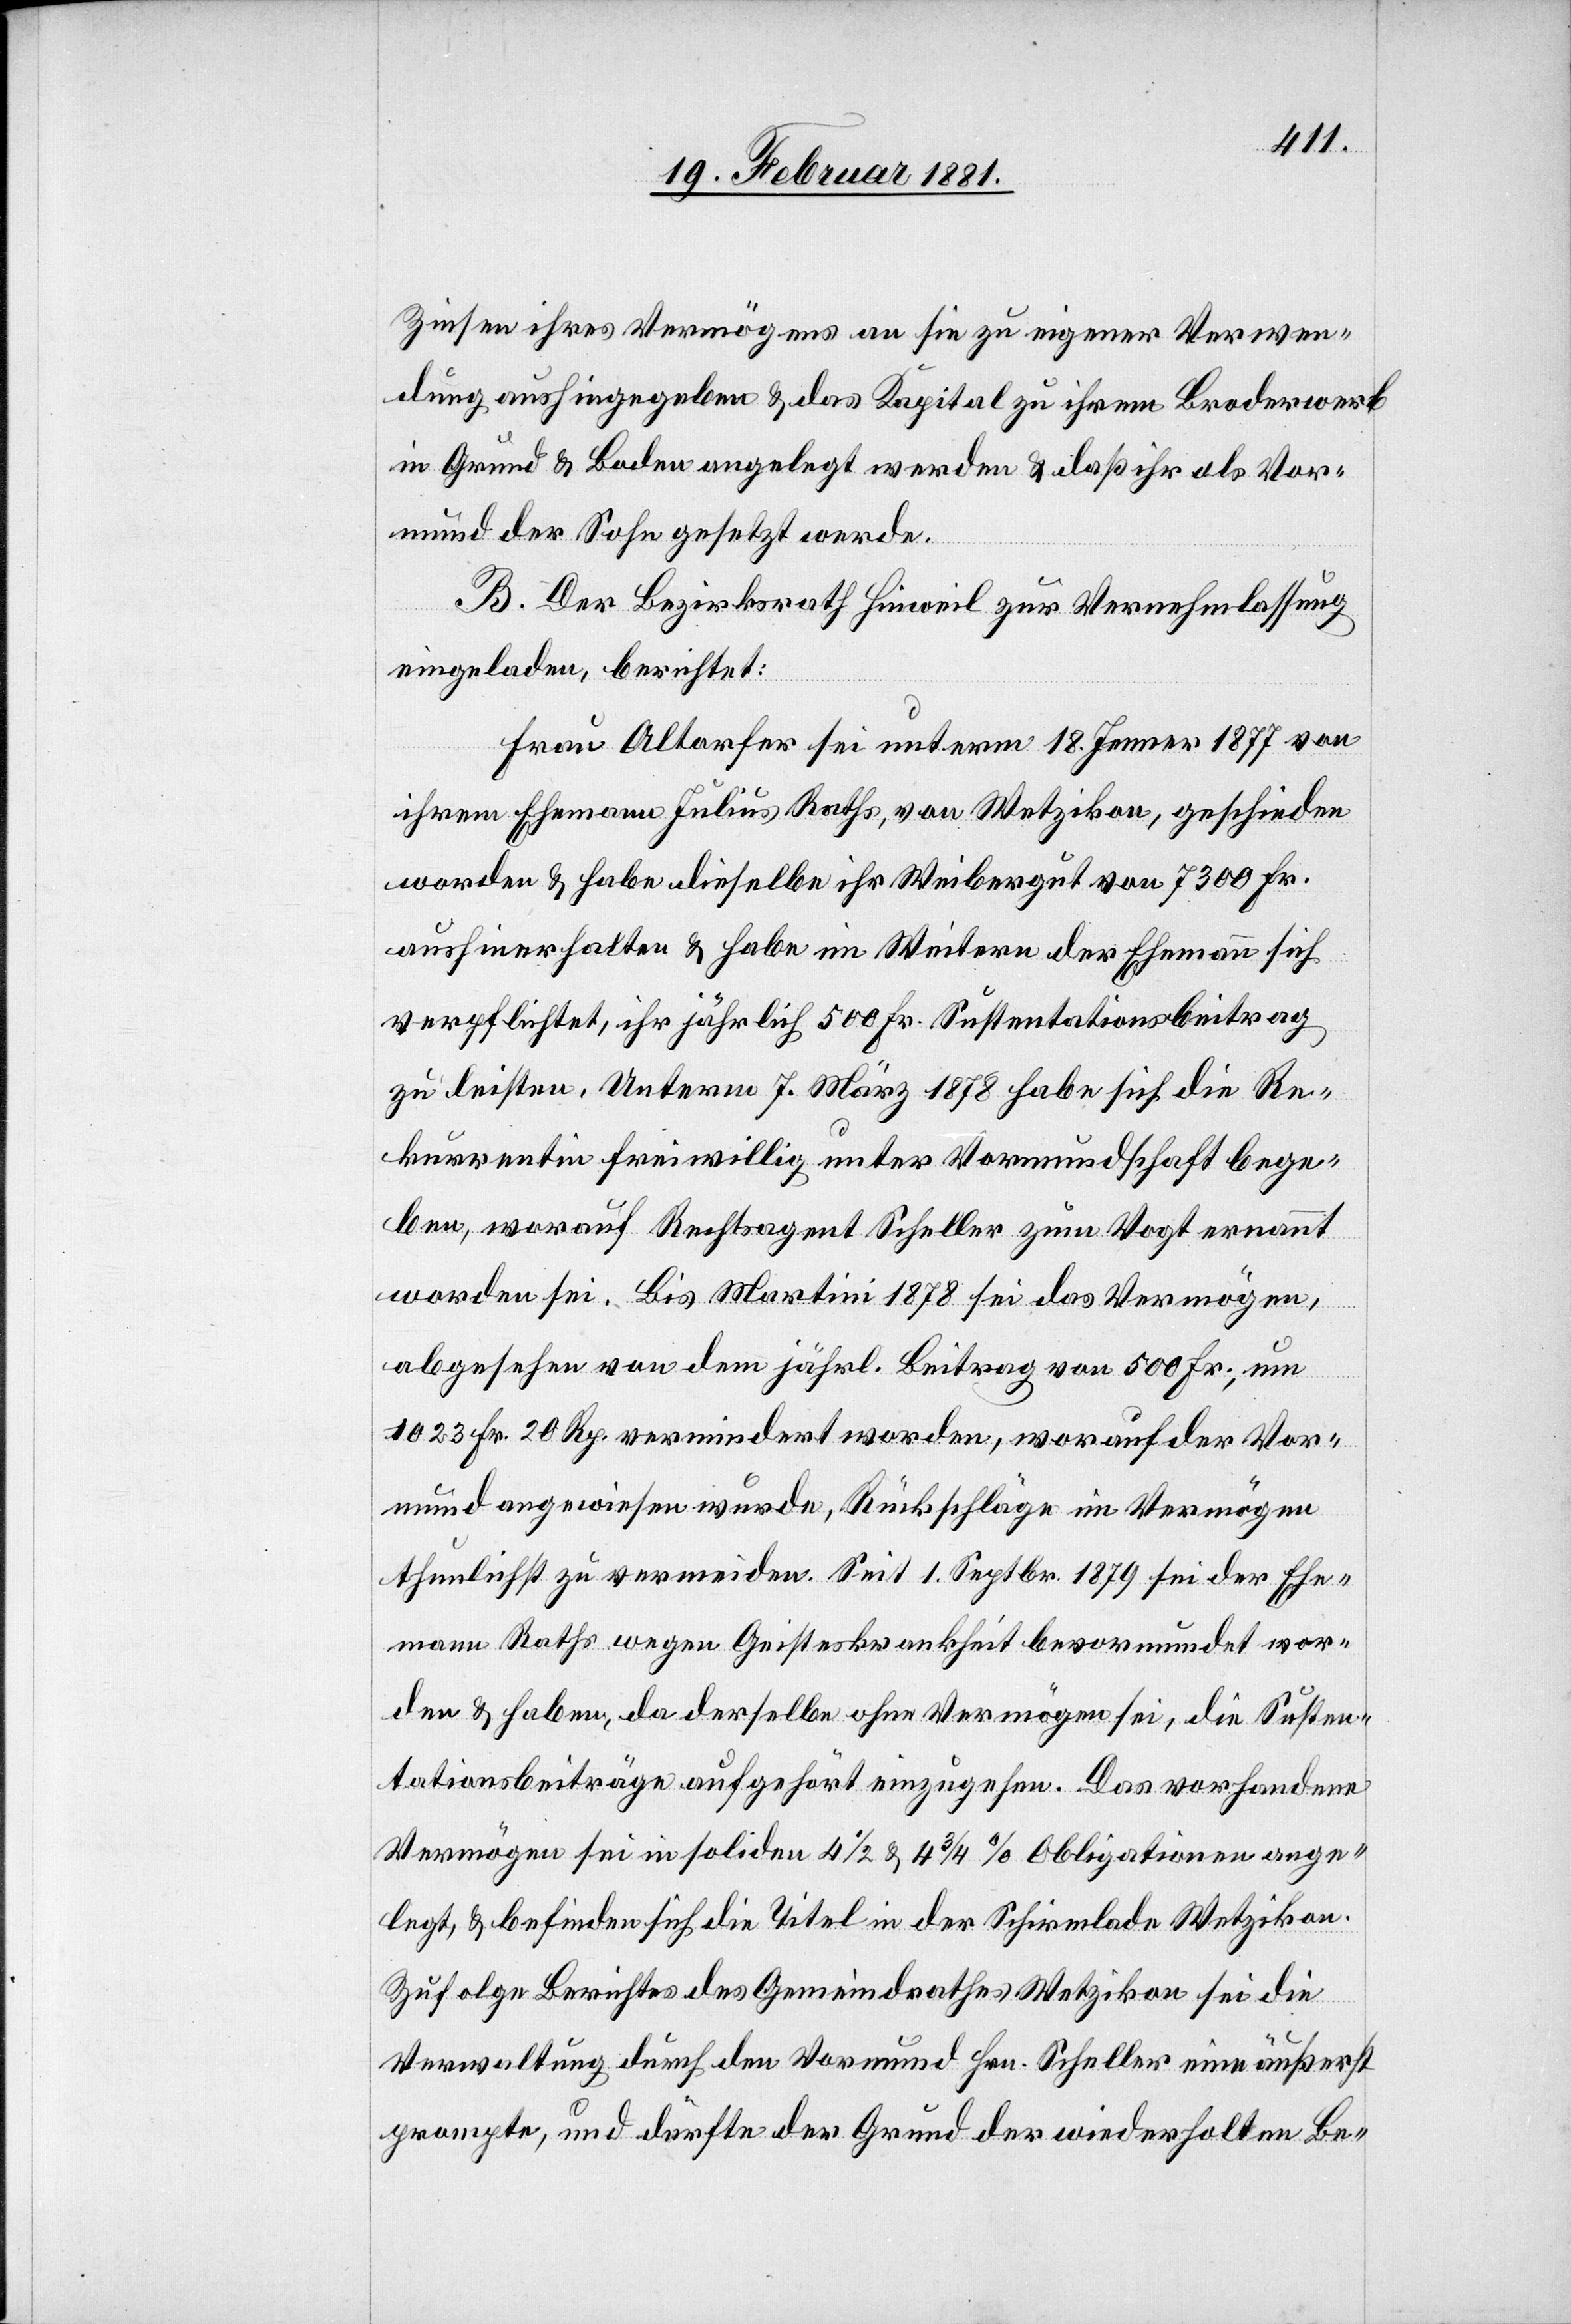
Zinsen ihres Vermögens an sie zu eigener Verwen¬
dung aushingegeben & das Kapital zu ihrem Broderwerb
im Grund & Boden angelegt werden & daß ihr als Vor¬
mund der Sohn gesetzt werde.
B. Der Bezirksrath Hinweil zur Vernehmlassung
eingeladen, berichtet:
Frau Altorfer sei unterm 18. Jenner 1877 von
ihrem Ehemann Julius Raths, von Wetzikon, geschieden
worden & habe dieselbe ihr Weibergut von 7300 Fr.
aushinerhalten & habe im Weitern der Ehemann sich
verpflichtet, ihr jährlich 500 Fr. Sustentationsbeitrag
zu leisten. Unterm 7. März 1878 habe sich die Re¬
kurrentin freiwillig unter Vormundschaft bege¬
ben, worauf Rechtsagent Scheller zum Vogt ernannt
worden sei. Bis Martini 1878 sei das Vermögen,
abgesehen von dem jährl. Beitrag von 500 Fr., um
1023 Fr. 20 Rp. vermindert worden, worauf der Vor¬
mund angewiesen wurde, Rückschläge im Vermögen
thunlichst zu vermeiden. Seit 1. Septbr. 1879 sei der Ehe¬
mann Raths wegen Geisteskrankheit bevormundet wor¬
den & haben, da derselbe ohne Vermögen sei, die Susten¬
tationsbeiträge aufgehört einzugehen. Das vorhandene
Vermögen sei in soliden 4 1/2 & 4 3/4% Obligationen ange¬
legt, & befinden sich die Titel in der Schirmlade Wetzikon.
Zufolge Berichtes des Gemeindrathes Wetzikon sei die
Verwaltung durch den Vormund Hrn. Scheller eine äußerst
prompte, und dürfte der Grund der wiederholten Be-